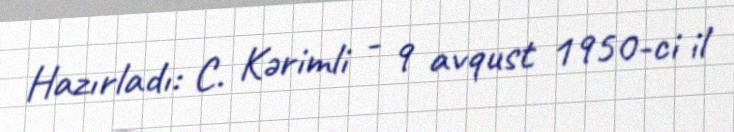
Hazırladı: C. Kərimli - 9 avqust 1950-ci il